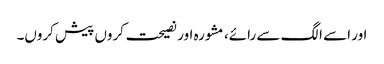
اور اسے الگ سے رائے، مشورہ اور نصیحت کروں پیش کروں۔